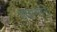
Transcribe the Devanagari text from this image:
हवानाने